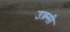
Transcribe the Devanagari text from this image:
उक़्सी